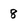
Character: 8